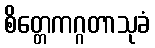
စိတ္တေကဂ္ဂတာသုခံ